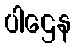
ပါဌေန